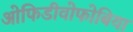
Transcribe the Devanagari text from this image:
ओफिडीवोफोबिया